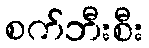
စက်ဘီးစီး